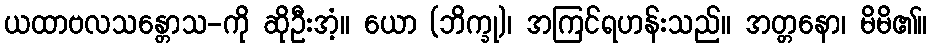
ယထာဗလသန္တောသ-ကို ဆိုဦးအံ့။ ယော (ဘိက္ခု)၊ အကြင်ရဟန်းသည်။ အတ္တနော၊ မိမိ၏။